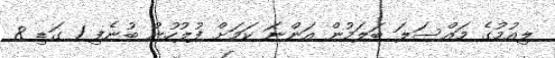
ލިއުމުގެ މައްސަލަ ބަލަމުން އަންނަ ކަމަށް ފުލުހުން ބުނެފި 1 ގަޑި 8